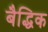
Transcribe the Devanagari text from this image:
बैद्धिक